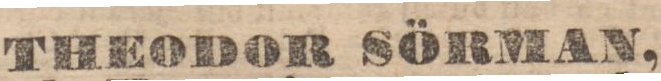
THEODOR SÖRMAN,